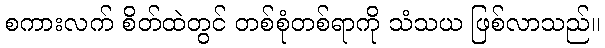
စကားလက် စိတ်ထဲတွင် တစ်စုံတစ်ရာကို သံသယ ဖြစ်လာသည်။